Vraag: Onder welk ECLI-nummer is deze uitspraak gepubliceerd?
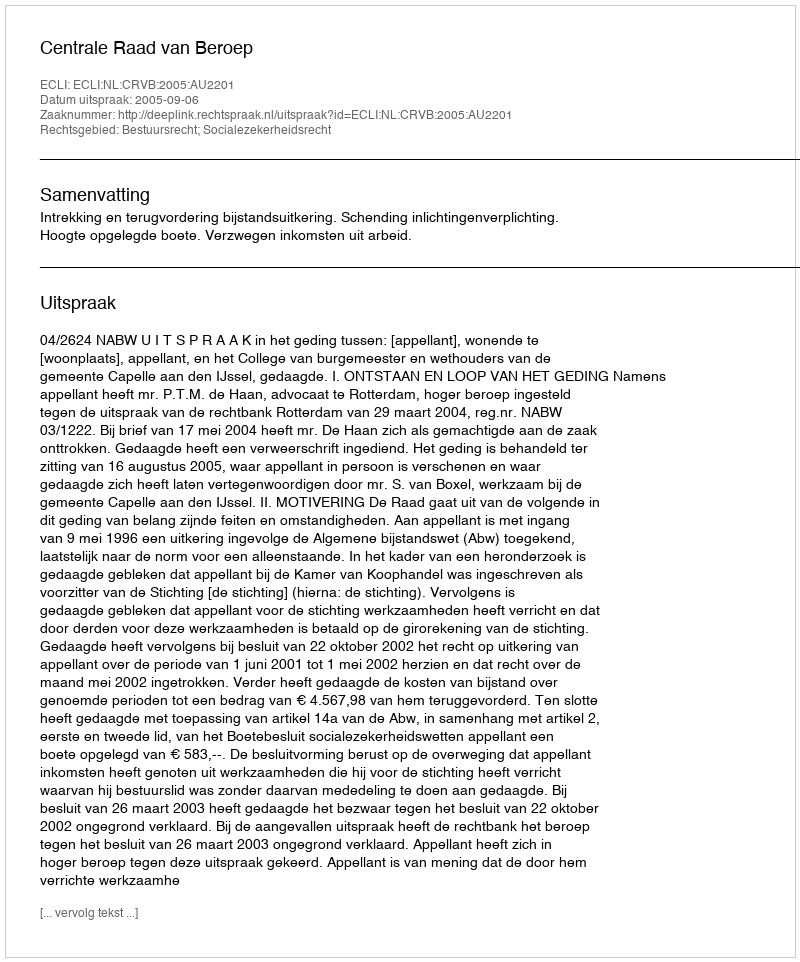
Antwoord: ECLI:NL:CRVB:2005:AU2201